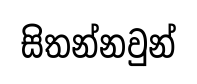
සිතන්නවුන්